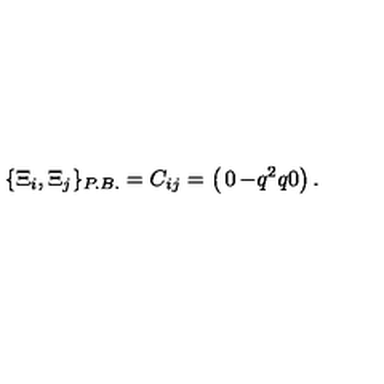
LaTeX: \{ \Xi _ { i } , \Xi _ { j } \} _ { P . B . } = C _ { i j } = \left( \begin{matrix} { 0 } & { - q ^ { 2 } } & { } \\ { q } & { 0 } & { } \\ \end{matrix} \right) .